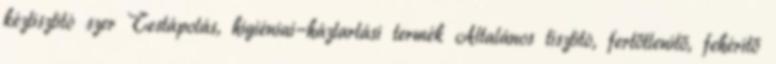
kéztisztító szer Testápolás, higiéniai-háztartási termék Általános tisztító, fertőtlenítő, fehérítő